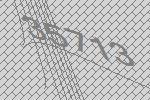
35713